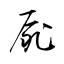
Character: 屍